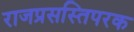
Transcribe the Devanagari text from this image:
राजप्रसस्तिपरक